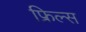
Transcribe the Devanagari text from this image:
फ्रिल्स